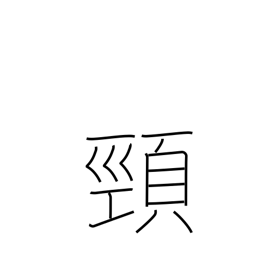
Meaning: neck